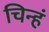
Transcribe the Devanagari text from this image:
चिन्हं